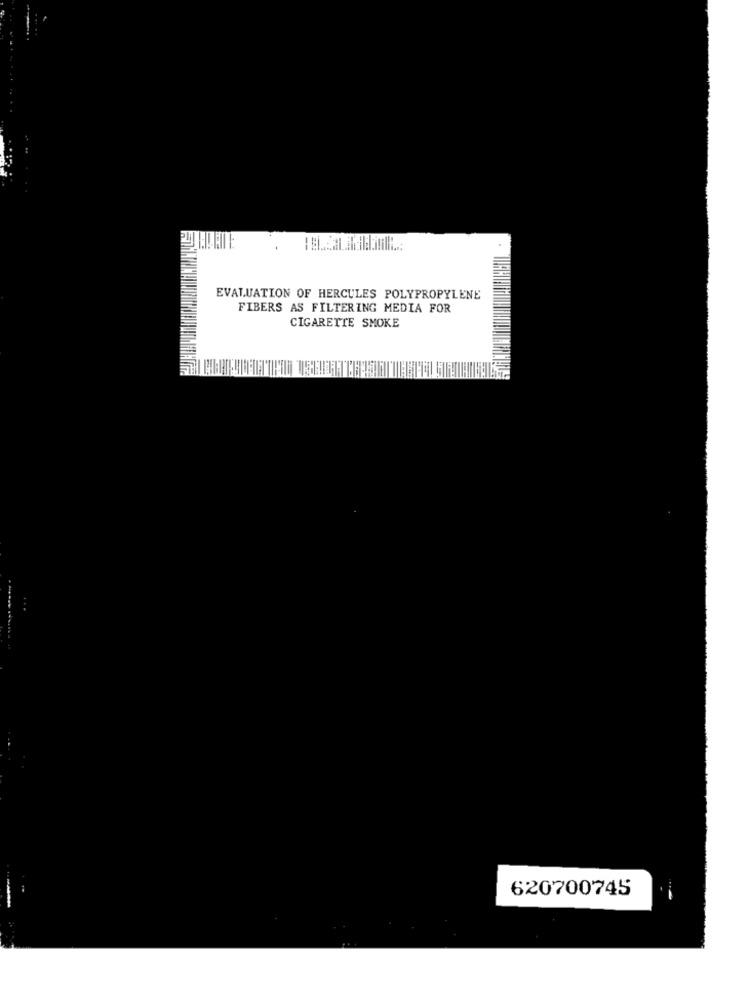
EVALUATION OF HERCULES POLYPROPYLENE
FIBERS AS FILTERING MEDIA FOR
CIGARETTE SMOKE
620700745